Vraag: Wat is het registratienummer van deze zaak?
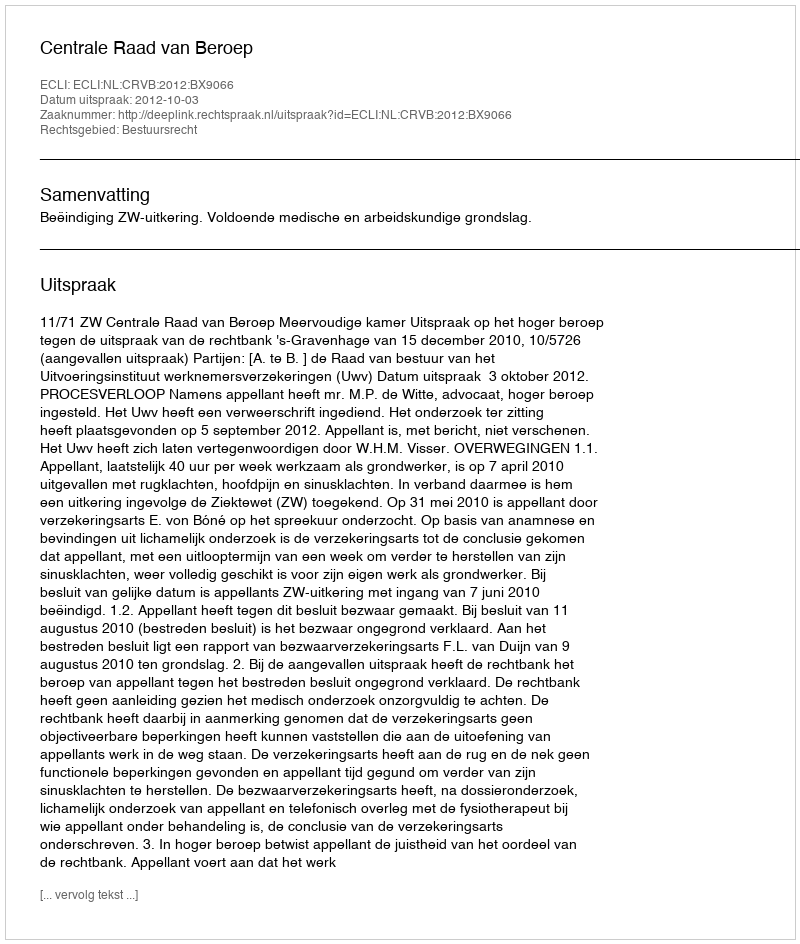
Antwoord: http://deeplink.rechtspraak.nl/uitspraak?id=ECLI:NL:CRVB:2012:BX9066